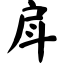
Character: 戽